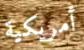
أمريكية